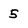
Character: 5